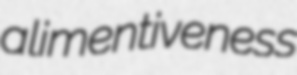
alimentiveness